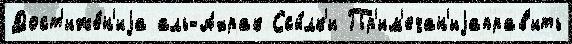
Дост'иже́н'иjа аль-Ахрак Ссы́лк'и Пр'им'ечан'иjаправ'ить